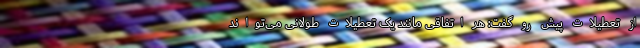
از تعطیلات پیش رو گفت: هر اتفاقی مانند یک تعطیلات طولانی می‌تواند